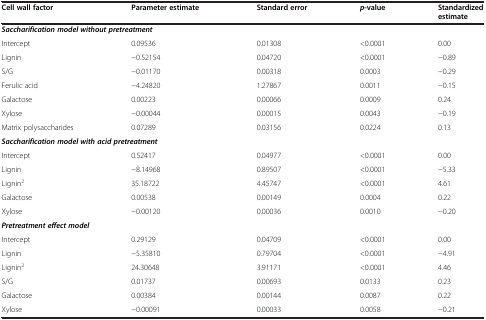
<table><thead><tr><td><b>Cell wall factor</b></td><td><b>Parameter estimate</b></td><td><b>Standard error</b></td><td><b><i>p</i>-value</b></td><td><b>Standardized estimate</b></td></tr></thead><tbody><tr><td colspan="2"><b><i>Saccharification model without pretreatment</i></b></td><td> </td><td> </td><td> </td></tr><tr><td>Intercept</td><td>0.09536</td><td>0.01308</td><td>&lt;0.0001</td><td>0.00</td></tr><tr><td>Lignin</td><td>−0.52154</td><td>0.04720</td><td>&lt;0.0001</td><td>−0.89</td></tr><tr><td>S/G</td><td>−0.01170</td><td>0.00318</td><td>0.0003</td><td>−0.29</td></tr><tr><td>Ferulic acid</td><td>−4.24820</td><td>1.27867</td><td>0.0011</td><td>−0.15</td></tr><tr><td>Galactose</td><td>0.00223</td><td>0.00066</td><td>0.0009</td><td>0.24</td></tr><tr><td>Xylose</td><td>−0.00044</td><td>0.00015</td><td>0.0043</td><td>−0.19</td></tr><tr><td>Matrix polysaccharides</td><td>0.07289</td><td>0.03156</td><td>0.0224</td><td>0.13</td></tr><tr><td colspan="2"><b><i>Saccharification model with acid pretreatment</i></b></td><td> </td><td> </td><td> </td></tr><tr><td>Intercept</td><td>0.52417</td><td>0.04977</td><td>&lt;0.0001</td><td>0.00</td></tr><tr><td>Lignin</td><td>−8.14968</td><td>0.89507</td><td>&lt;0.0001</td><td>−5.33</td></tr><tr><td>Lignin<sup>2</sup></td><td>35.18722</td><td>4.45747</td><td>&lt;0.0001</td><td>4.61</td></tr><tr><td>Galactose</td><td>0.00538</td><td>0.00149</td><td>0.0004</td><td>0.22</td></tr><tr><td>Xylose</td><td>−0.00120</td><td>0.00036</td><td>0.0010</td><td>−0.20</td></tr><tr><td colspan="2"><b><i>Pretreatment effect model</i></b></td><td> </td><td> </td><td> </td></tr><tr><td>Intercept</td><td>0.29129</td><td>0.04709</td><td>&lt;0.0001</td><td>0.00</td></tr><tr><td>Lignin</td><td>−5.35810</td><td>0.79704</td><td>&lt;0.0001</td><td>−4.91</td></tr><tr><td>Lignin<sup>2</sup></td><td>24.30648</td><td>3.91171</td><td>&lt;0.0001</td><td>4.46</td></tr><tr><td>S/G</td><td>0.01737</td><td>0.00693</td><td>0.0133</td><td>0.23</td></tr><tr><td>Galactose</td><td>0.00384</td><td>0.00144</td><td>0.0087</td><td>0.22</td></tr><tr><td>Xylose</td><td>−0.00091</td><td>0.00033</td><td>0.0058</td><td>−0.21</td></tr></tbody></table>